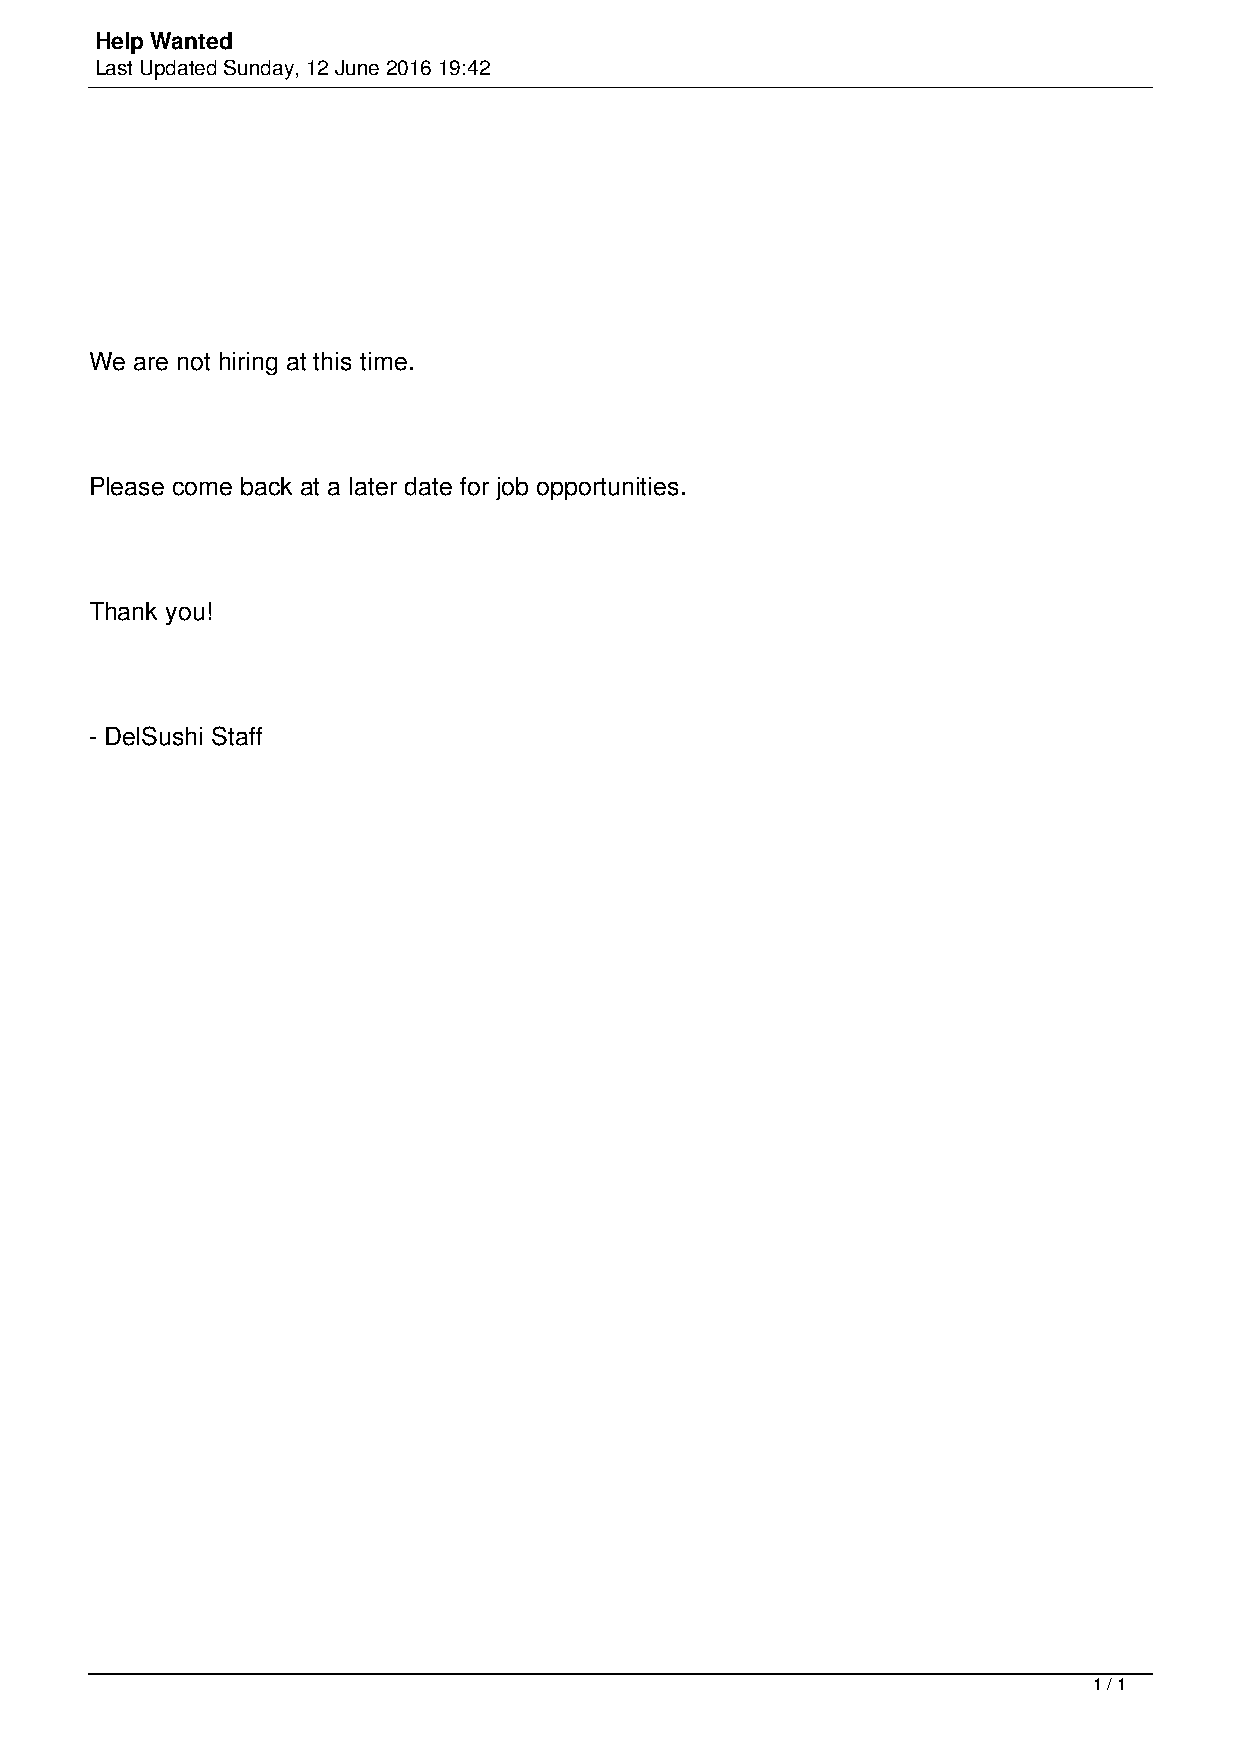
Help Wanted
 Last Updated Sunday, 12 June 2016 19:42
 We are not hiring at this time.
 Please come back at a later date for job opportunities.
 Thank you!
 - DelSushi Staff
 1 / 1